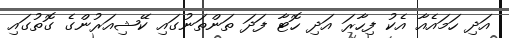
އަދި ހަމައެއާ އެކު ފިހާރަ އަދި ހޮޓާ ފަދަ ތަންތަނުގައި ކޭޝިއަރުންގެ ގޮތުގައި